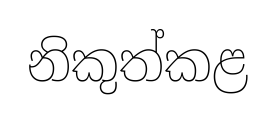
නිකුත්කළ